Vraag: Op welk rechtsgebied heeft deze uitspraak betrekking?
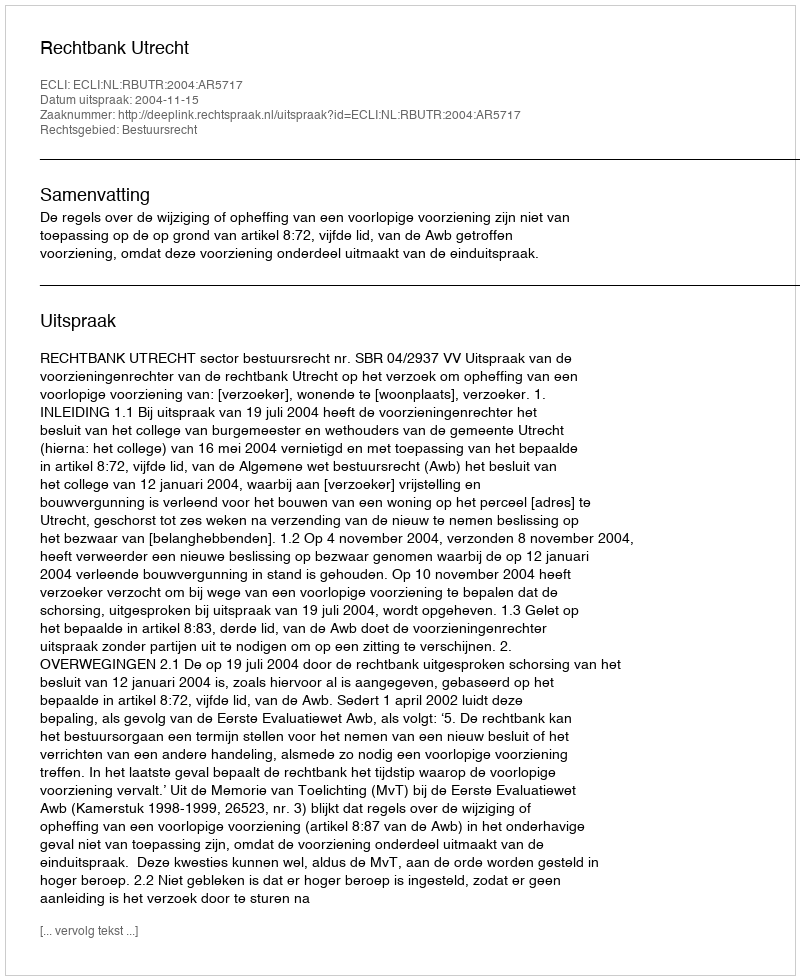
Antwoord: Bestuursrecht